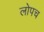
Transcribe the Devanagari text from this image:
लोपच